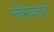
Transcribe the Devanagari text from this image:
नीमशहरी